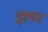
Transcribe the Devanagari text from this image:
इलन